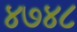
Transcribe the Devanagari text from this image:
४७४८